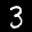
Label: 3